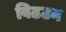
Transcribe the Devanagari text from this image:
विढटन